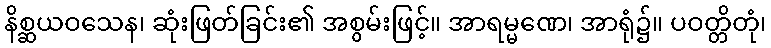
နိစ္ဆယဝသေန၊ ဆုံးဖြတ်ခြင်း၏ အစွမ်းဖြင့်။ အာရမ္မဏေ၊ အာရုံ၌။ ပဝတ္တိတုံ၊